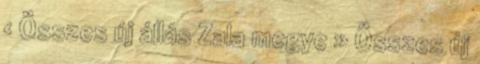
› Összes új állás Zala megye » Összes új